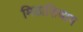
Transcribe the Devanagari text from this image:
मिठाशिवाय